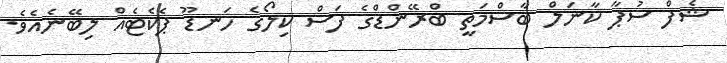
ޝެފް ސުޕާ ކާނަލް ބާސްމަތީ ބްރޭންޑްގެ ފަސް ކިލޯގެ ހަނޑޫ ޕެކެޓެއް ލިބޭނެއެވެ.